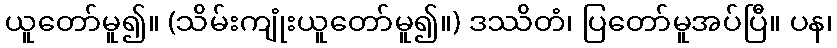
ယူတော်မူ၍။ (သိမ်းကျုံးယူတော်မူ၍။) ဒဿိတံ၊ ပြတော်မူအပ်ပြီ။ ပန၊